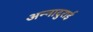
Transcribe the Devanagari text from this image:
अन्नादुराई